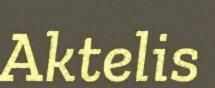
Aktelis